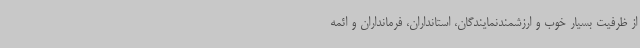
از ظرفیت بسیار خوب و ارزشمندنمایندگان، استانداران، فرمانداران و ائمه